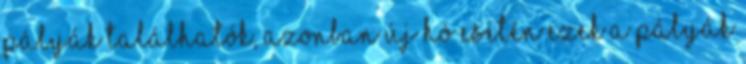
pályák találhatók, azonban új hó esetén ezek a pályák